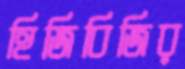
হিজিবিজির